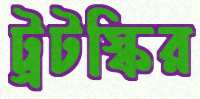
ট্রটস্কির